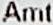
AMT